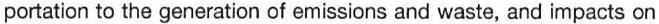
portation to the generation of emissions and waste, and impacts on